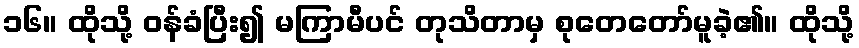
၁၆။ ထိုသို့ ဝန်ခံပြီး၍ မကြာမီပင် တုသိတာမှ စုတေတော်မူခဲ့၏။ ထိုသို့